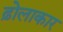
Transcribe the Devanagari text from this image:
ढ़ोलाकार